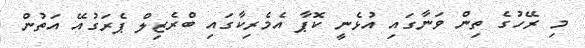
މި ރޭހުގެ ތިން ވަނާގައި އުޅެނީ ކޮޕާ އެމެރިކާގައި ބްރެޒިލް ޕެރަގުއޭ އަތުން